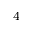
^ 4